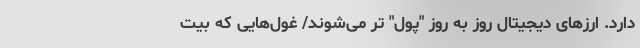
دارد. ارزهای دیجیتال روز به روز "پول" تر می‌شوند/ غول‌هایی که بیت